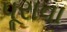
પૂરાવા